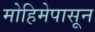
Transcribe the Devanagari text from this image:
मोहिमेपासून